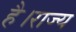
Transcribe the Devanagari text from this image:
है।राज्य